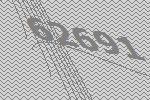
62691